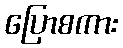
ပြောစကား